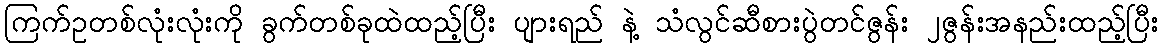
ကြက်ဥတစ်လုံးလုံးကို ခွက်တစ်ခုထဲထည့်ပြီး ပျားရည် နဲ့ သံလွင်ဆီစားပွဲတင်ဇွန်း ၂ဇွန်းအနည်းထည့်ပြီး